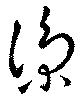
涼